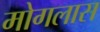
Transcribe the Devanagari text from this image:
मोगलास